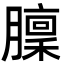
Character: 𦡣